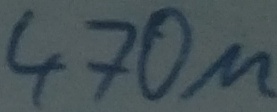
Text: 470µ